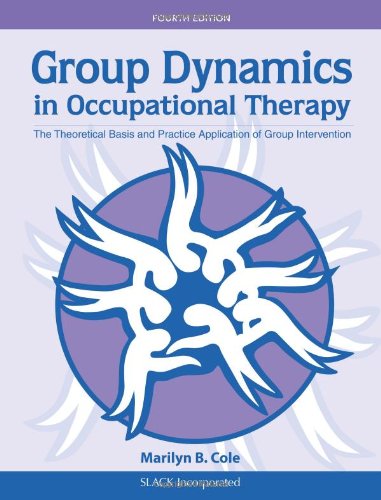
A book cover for Group Dynamics in Occupational Therapy: The Theoretical Basis and Practice Application of Group Intervention; Marilyn B. Cole MS  OTR/L  FAOTA; Medical Books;